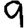
Digit: 9